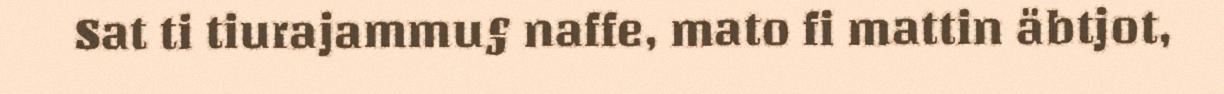
Sat ti tiurajammu§ naffe, mato fi mattin äbtjot,